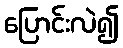
ပြောင်းလဲ၍